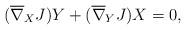
LaTeX: \begin{align*}(\overline{\nabla}_{X}J)Y + (\overline{\nabla}_{Y}J)X = 0,\end{align*}